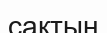
сақтың